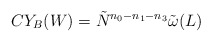
\begin{align*}CY_B(W) = \tilde{N}^{n_0-n_1-n_3}\tilde{\omega }(L)\end{align*}